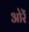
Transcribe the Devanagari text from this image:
ओरें